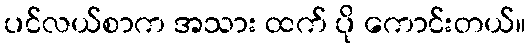
ပင်လယ်စာက အသား ထက် ပို ကောင်းတယ်။